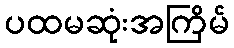
ပထမဆုံးအကြိမ်